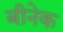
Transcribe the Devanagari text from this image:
बीनेक